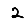
Digit: 2